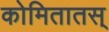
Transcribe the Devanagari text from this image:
कोमितातस्